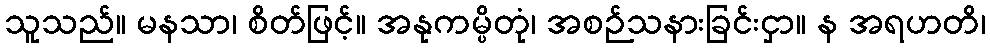
သူသည်။ မနသာ၊ စိတ်ဖြင့်။ အနုကမ္ပိတုံ၊ အစဉ်သနားခြင်းငှာ။ န အရဟတိ၊